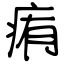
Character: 痏